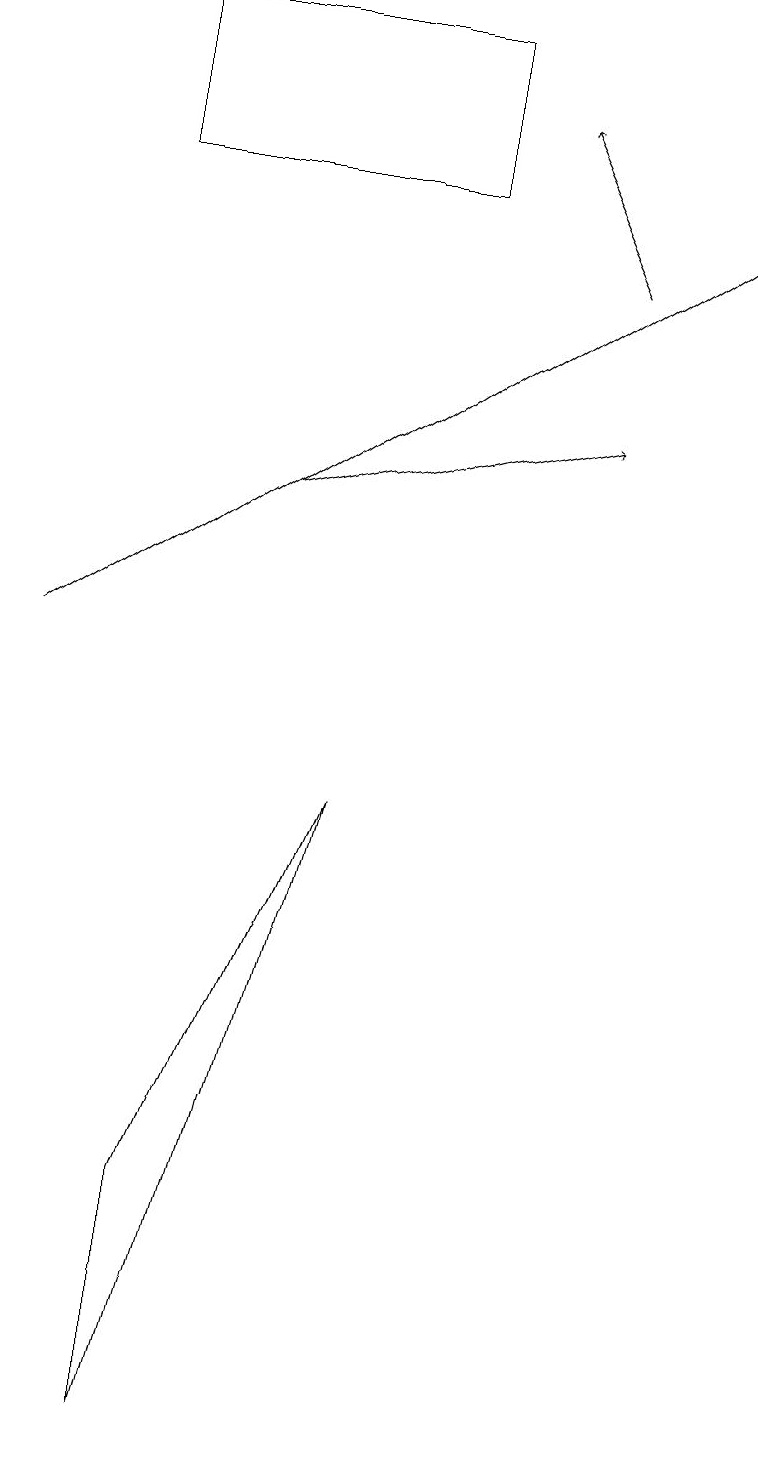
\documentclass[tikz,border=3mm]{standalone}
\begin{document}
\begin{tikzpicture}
\draw (1,19) rectangle (5,17);
\draw (2,4) -- (2,1) -- (4,9) -- cycle;
\draw[->] (7,16) -- (6,18);
\draw[->] (3,13) -- (7,14);
\draw[->] (0,11) -- (9,17);
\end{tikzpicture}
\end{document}